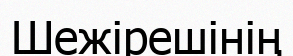
Шежірешінің